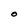
Character: O